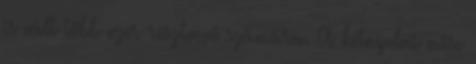
is vált több ezer résztvevő számára. A kétnyelvű mise